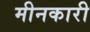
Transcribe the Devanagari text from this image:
मीनकारी